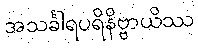
အသင်္ခါရပရိနိဗ္ဗာယိဿ